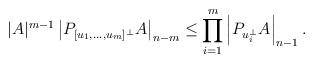
LaTeX: \begin{align*}|A|^{m-1}\left|P_{[u_1,\dots,u_m]^\bot}A\right|_{n-m}\le\prod_{i=1}^m\left|P_{u_i^\bot}A\right|_{n-1}.\end{align*}